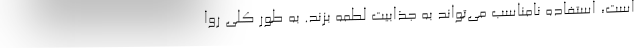
است، استفاده نامناسب می‌تواند به جذابیت لطمه بزند. به طور کلی روا